Indian journal of veterinary science and animal husbandry - Volume 6,
Year: 1936
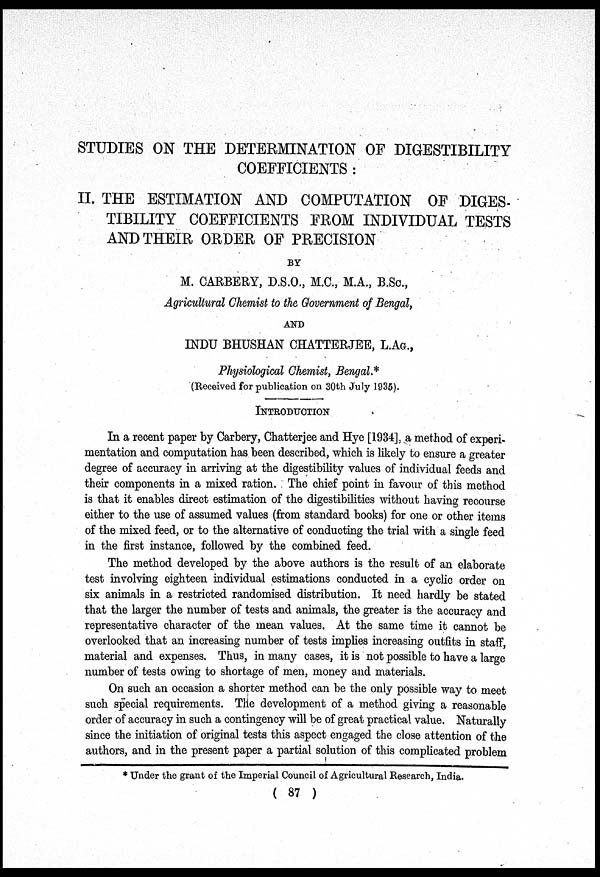
STUDIES ON THE DETERMINATION OF DIGESTIBILITY
COEFFICIENTS :
II. THE ESTIMATION AND COMPUTATION OF DIGES-
TIBILITY COEFFICIENTS FROM INDIVIDUAL TESTS
AND THEIR ORDER OF PRECISION
BY
M. CARBERY, D.S.O., M.C., M.A, B.Sc,
Agricultural Chemist to the Government of Bengal,
AND
INDU BHUSHAN CHATTERJEE, L.AG.,
Physiological Chemist, Bengal.*
(Received for publication on 30th July 1935).
INTRODUCTION
In a recent paper by Carbery, Chatterjee and Hye [1934]. a method of experi-
mentation and computation has been described, which is likely to ensure a greater
degree of accuracy in arriving at the digestibility values of individual feeds and
their components in a mixed ration. The chief point in favour of this method
is that it enables direct estimation of the digestibilities without having recourse
either to the use of assumed values (from standard books) for one or other items
of the mixed feed, or to the alternative of conducting the trial with a single feed
in the first instance, followed by the combined feed.
The method developed by the above authors is the result of an elaborate
test involving eighteen individual estimations conducted in a cyclic order on
six animals in a restricted randomised distribution. It need hardly be stated
that the larger the number of tests and animals, the greater is the accuracy and
representative character of the mean values. At the same time it cannot be
overlooked that an increasing number of tests implies increasing outfits in staff,
material and expenses. Thus, in many cases, it is not possible to have a large
number of tests owing to shortage of men, money and materials.
On such an occasion a shorter method can be the only possible way to meet
such special requirements. The development of a method giving a reasonable
order of accuracy in such a contingency will be of great practical value. Naturally
since the initiation of original tests this aspect engaged the close attention of the
authors, and in the present paper a partial solution of this complicated problem
* Under the grant of the Imperial Council of Agricultural Research, India.
( 87 )